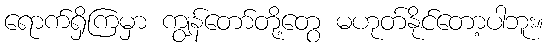
ရောက်ရှိကြမှာ ကျွန်တော်တို့တွေ မဟုတ်နိုင်တော့ပါဘူး။